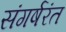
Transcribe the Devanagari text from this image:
संगर्षरंत